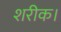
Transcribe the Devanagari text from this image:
शरीक।